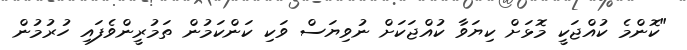
"ކޮންމެ ކުއްޖަކީ މޮޅަށް ކިޔަވާ ކުއްޖަކަށް ނުވިޔަސް ވަކި ކަންކަމުން ތަމުރީންވެފައި ހުރުމުން